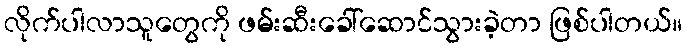
လိုက်ပါလာသူတွေကို ဖမ်းဆီးခေါ်ဆောင်သွားခဲ့တာ ဖြစ်ပါတယ်။